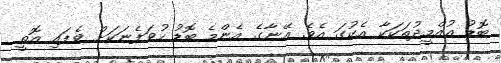
ބޮޑު އުއްމީދުތަކަކާ އެކުގަ އެވެ. އޭނާގެ އެންމެ ބޮޑު ހުވަފެނަކަށް ވެފައި އޮތީ